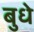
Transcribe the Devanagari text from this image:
बुधे